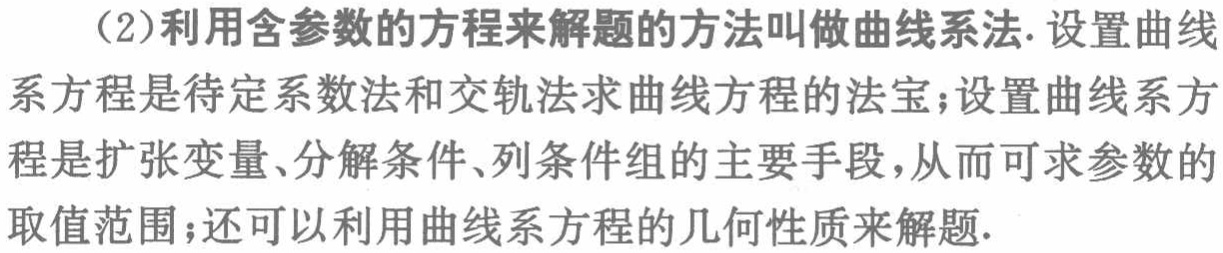
（2）利用含参数的方程来解题的方法叫做曲线系法. 设置曲线系方程是待定系数法和交轨法求曲线方程的法宝；设置曲线系方程是扩张变量、分解条件、列条件组的主要手段，从而可求参数的取值范围；还可以利用曲线系方程的几何性质来解题.